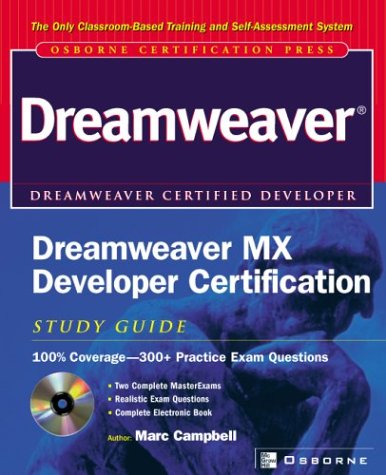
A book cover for Dreamweaver MX Developer Certification Study Guide; Marc Campbell; Computers & Technology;